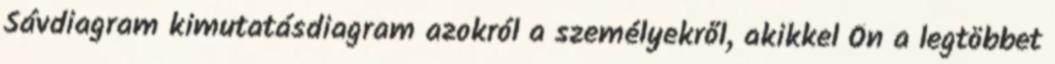
Sávdiagram kimutatásdiagram azokról a személyekről, akikkel Ön a legtöbbet